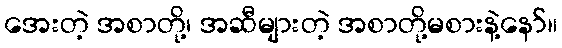
အေးတဲ့ အစာတို့၊ အဆီများတဲ့ အစာတို့မစားနဲ့နော်။